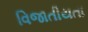
વિજાતીયતા